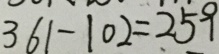
3 6 1 - 1 0 2 = 2 5 9